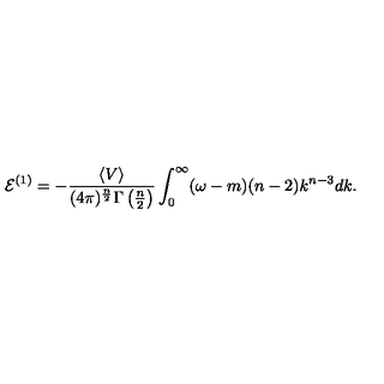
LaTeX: { \cal E } ^ { ( 1 ) } = - \frac { \langle V \rangle } { ( 4 \pi ) ^ { \frac { n } { 2 } } \Gamma \left( \frac { n } { 2 } \right) } \int _ { 0 } ^ { \infty } ( \omega - m ) ( n - 2 ) k ^ { n - 3 } d k .